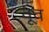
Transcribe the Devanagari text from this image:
वूव